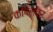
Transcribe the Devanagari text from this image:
कपिलवर